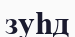
зуһд